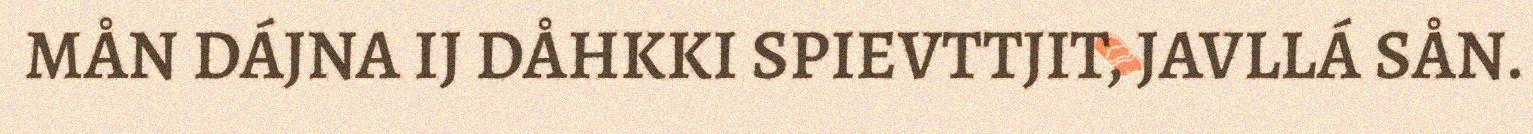
MÅN DÁJNA IJ DÅHKKI SPIEVTTJIT, JAVLLÁ SÅN.